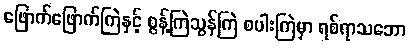
ဖြောက်ဖြောက်ကြဲနှင့် စွန့်ကြဲသွန်ကြဲ စပါးကြဲမှာ ရစ်ရာသဘော